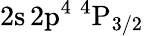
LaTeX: \mathrm{2s\, 2p^{4}~^{4}P_{3/2}}